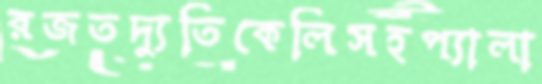
রজতদ্যুতিকেলিসহপ্যালা